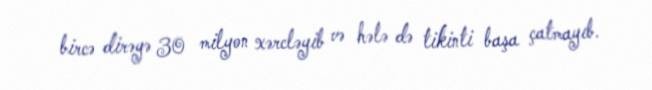
bircə dirəyə 30 milyon xərcləyib və hələ də tikinti başa çatmayıb.